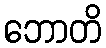
ဘောတိ